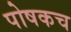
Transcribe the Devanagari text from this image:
पोषकच